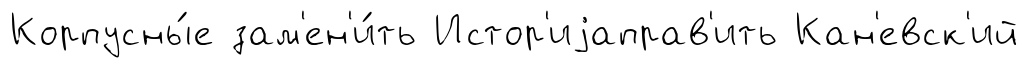
Корпусны́е зам'ен'и́ть Истор'иjаправ'ить Кан'евск'ий